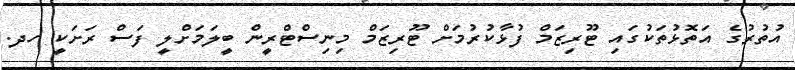
އުތުރުގެ އަތޮޅުތަކުގައި ޓޫރިޒަމް ފުޅާކުރުމަށް ޓޫރިޒަމް މިނިސްޓްރީން ބީލަމަށްލީ ފަސް ރަށަކީ ހދ.